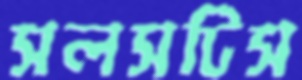
সলসটিস